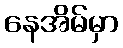
နေအိမ်မှာ